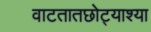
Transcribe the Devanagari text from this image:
वाटतातछोट्याश्या